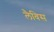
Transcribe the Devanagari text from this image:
लैविस